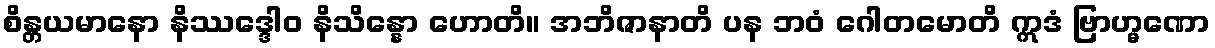
စိန္တယမာနော နိဿဒ္ဒေါဝ နိသိန္နော ဟောတိ။ အဘိဇာနာတိ ပန ဘဝံ ဂေါတမောတိ ဣဒံ ဗြာဟ္မဏော